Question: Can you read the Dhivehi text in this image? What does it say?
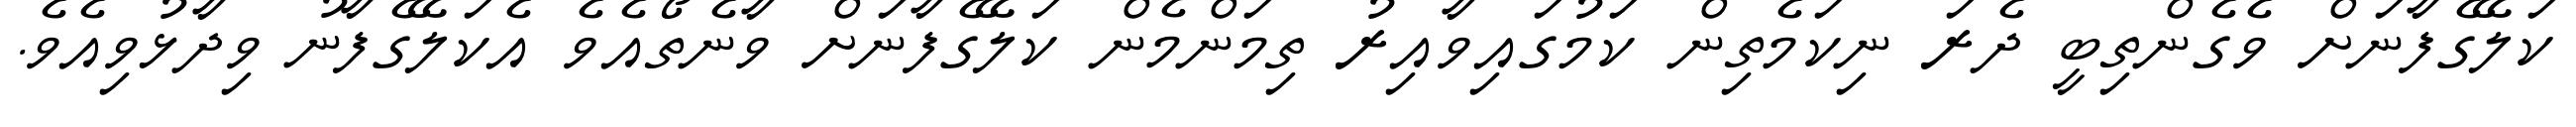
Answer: ކަލޭގެފާނަށް ވެގެންތިބީ ދެރަ ނިކަމެތިން ކަމުގައިވާއިރު ތިމަންމެން ކަލޭގެފާނަށް ވާނެތޯއެވެ އެކަލޭގެފާނު ވިދާޅުވިއެވެ.